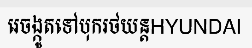
រេចង្កូតទៅបុករថយន្តHYUNDAI